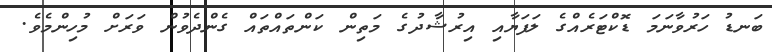
ބަނޑު ހަރުވާނަމަ ޑޮކްޓަރެއްގެ ލަފަޔާއި އިރުޝާދުގެ މަތިން ކަންތައްތައް ގެންދެވުން ވަރަށް މުހިންމެވެ.